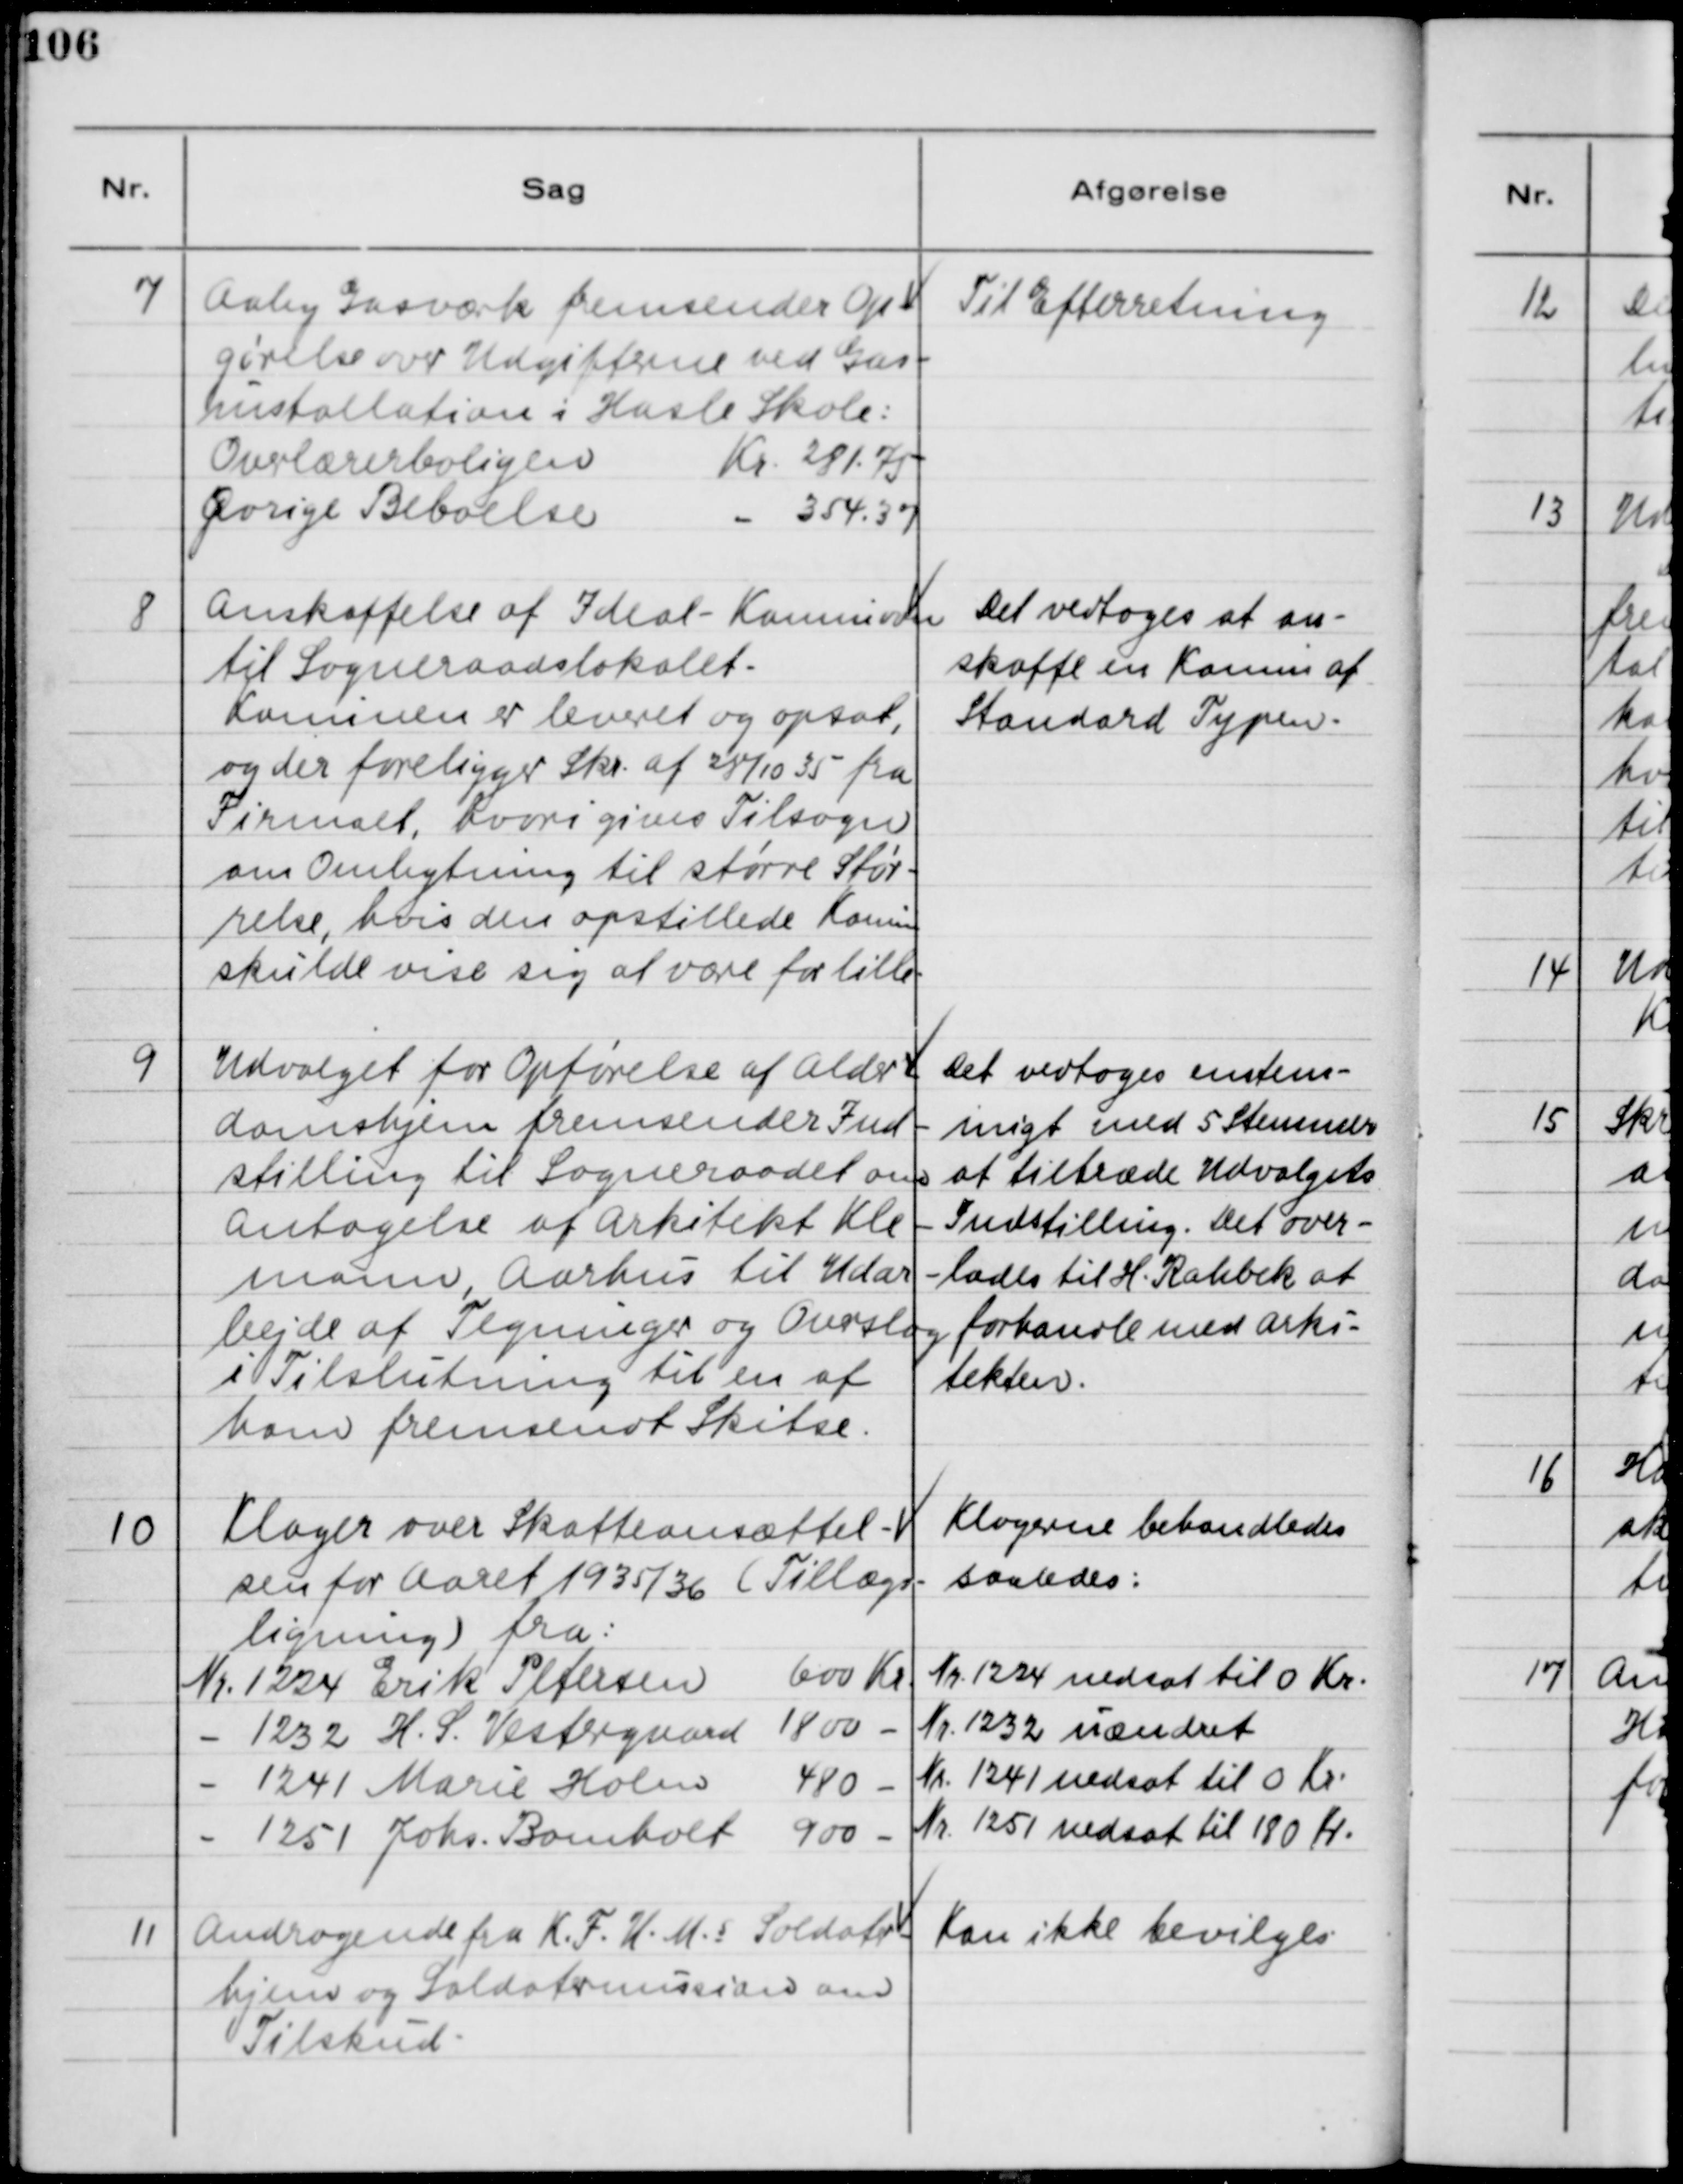
Transskription:
7
Aaby Gasværk fremsender Op-
gørelse over Udgifterne ved Gas-
installation i Hasle Skole:
Overlærerboligen
Kr. 281,75
Øvrige Beboelse
- 354,37
Til Efterretning
8
Anskaffelse af Ideal-Kaminen
til Sogneraadslokalet.
Kaminen er leveret og opsat,
og der foreligger Skr. af 28/10 35 fra
Firmaet, hvori gives Tilsagn
om Ombytning til større Stør-
relse, hvis den opstillede Kamin
skulde vise sig at være for lille.
Det vedtoges at an-
skaffe en Kamin af 
Standard Typen.
9
Udvalget for Opførelse af Alder-
domshjem fremsender Ind-
stilling til Sogneraadet om
antagelse af Arkitekt Kle-
mann, Aarhus til Udar
bejde af Tegninger og Overslag
i Tilslutning til en af
ham fremsendt Skitse.
Det vedtoges enstem-
migt med 5 Stemmer
at tiltræde Udvalgets
Indstilling. Det over-
lades til H. Rahbek at
forhandle med Arki-
tekten.
10
Klager over Skatteansættel-
sen for Aaret 1935/36 (Tillægs
ligning) fra:
Nr. 1224 Erik Petersen 600 Kr
- 1232 H. S. Vestergaard 1800 -
- 1241 Marie Holm 480 -
- 1251 Johs. Bomholt 900 -
Klagerne behandledes
saaledes:
Nr. 1224 nedsat til 0 Kr.
Nr. 1232 uændret
Nr. 1241 nedsat til 0 Kr.
Nr. 1251 nedsat til 180 Kr.
11
Andragende fra K.F.U.M.s Soldater-
hjem og Soldatermission om 
Tilskud.
Kan ikke bevilges.